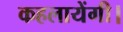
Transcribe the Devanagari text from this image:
कहलायेंगी।